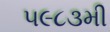
૫૯૮૩મી